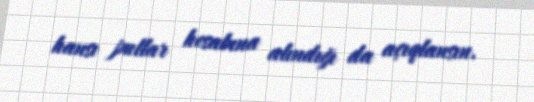
hansı pullar hesabına alındığı da açıqlansın.